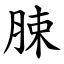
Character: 脨